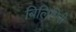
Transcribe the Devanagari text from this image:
बिलिगिरी